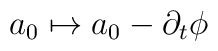
a_0 \mapsto a_0 - \partial_t \phi